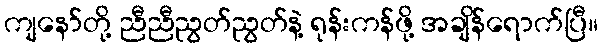
ကျနော်တို့ ညီညီညွတ်ညွတ်နဲ့ ရုန်းကန်ဖို့ အချိန်ရောက်ပြီ။